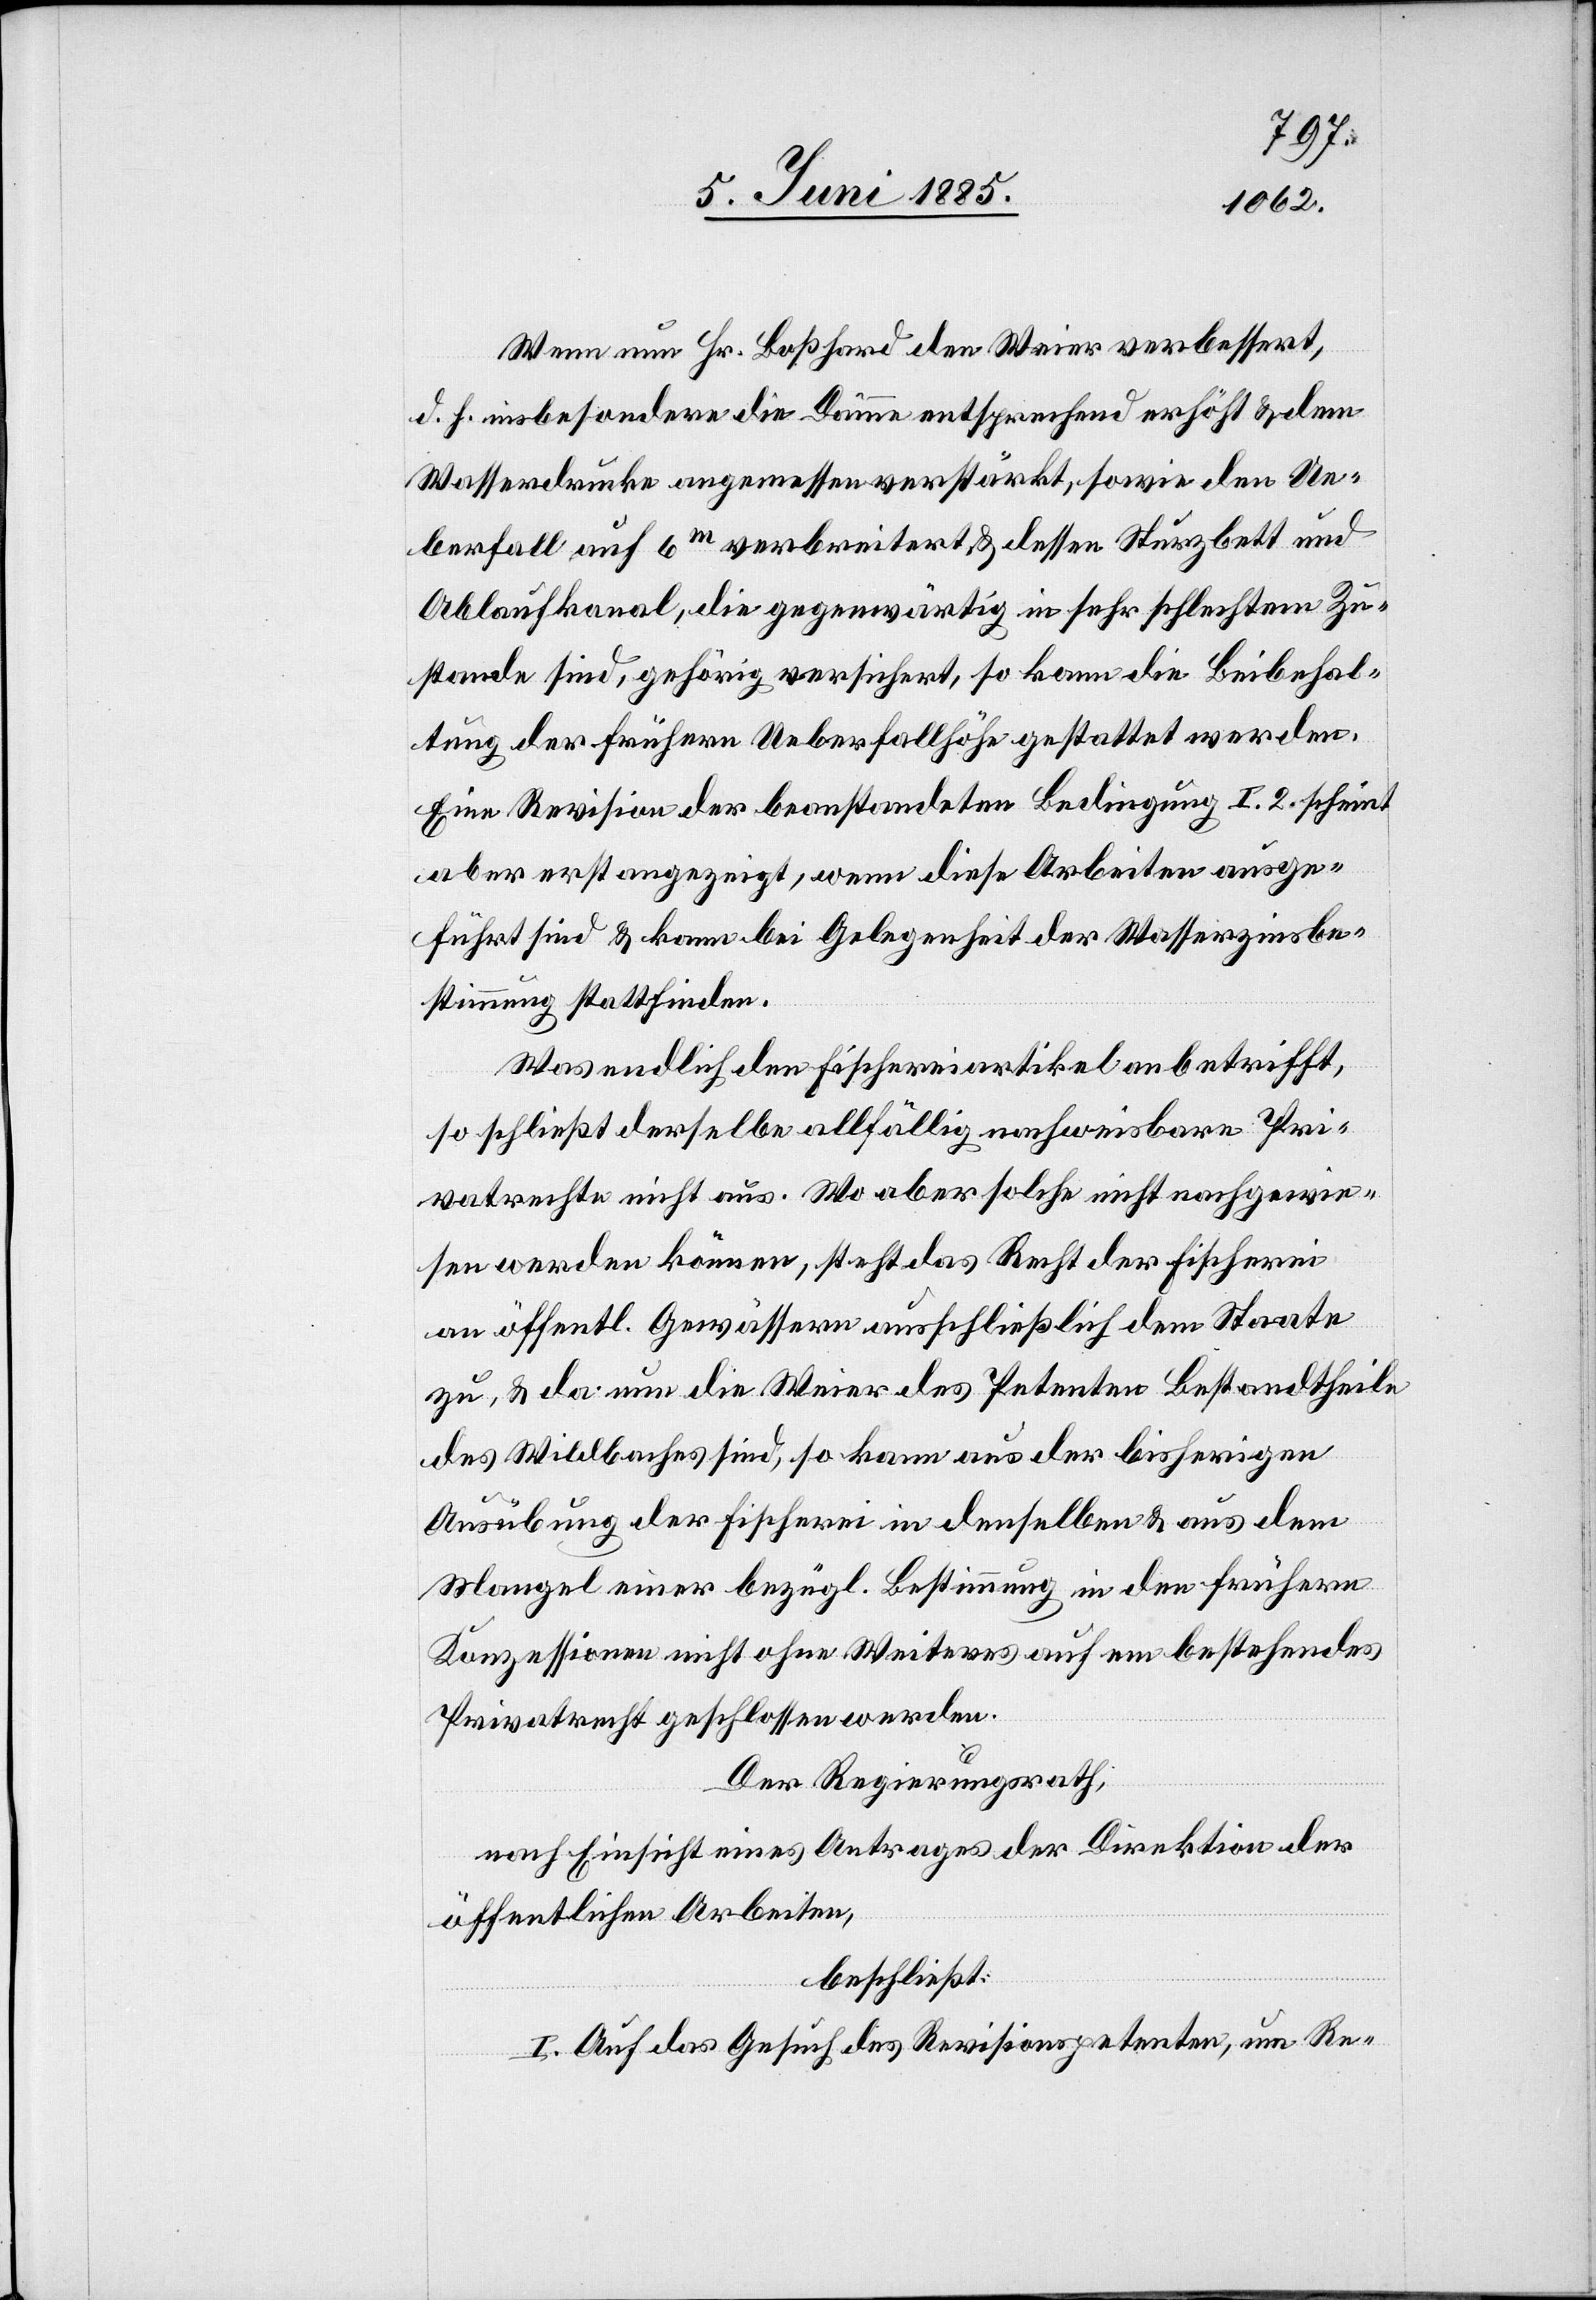
Wenn nun Hr. Boßhard den Weier verbessert,
d. h. insbesondere die Dämme entsprechend erhöht & den
Wasserdrucke angemessen verstärkt, sowie den Ue¬
brfall auf 6 m verbreitert & dessen Sturzbett und
Ablaufkanal, die gegenwärtig in sehr schlechtem Zu¬
stande sind, gehörig versichert, so kann die Beibehal¬
tung der frühern Ueberfallhöhe gestattet werden.
Eine Revision der beanstandeten Bedingung I. 2. scheint
aber erst angezeigt, wenn diese Arbeiten ausge¬
führt sind & kann bei Gelegenheit der Wasserzinsbe¬
stimmung stattfinden.
Was endlich den Fischereiartikel anbetrifft,
so schließt derselbe allfällig nachweisbare Pri¬
vatrechte nicht aus. Wo aber solche nicht nachgewie¬
sen werden können, steht das Recht der Fischerei
an öffentl. Gewässern ausschließlich dem Staate
zu, & da nun die Weier des Petenten Bestandtheile
des Wildbaches sind, so kann aus der bisherigen
Ausübung der Fischerei in denselben & aus dem
Mangel einer bezügl. Bestimmung in den frühern
Konzessionen nicht ohne Weiteres auf ein bestehendes
Privatrecht geschlossen werden.
Der Regierungsrath,
nach Einsicht eines Antrages der Direktion der
öffentlichen Arbeiten,
beschließt:
I. Auf das Gesuch des Revisionspetenten, um Re-